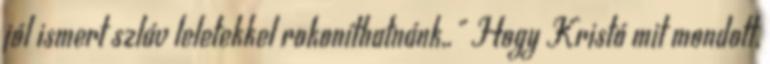
jól ismert szláv leletekkel rokoníthatnánk,." Hogy Kristó mit mondott,